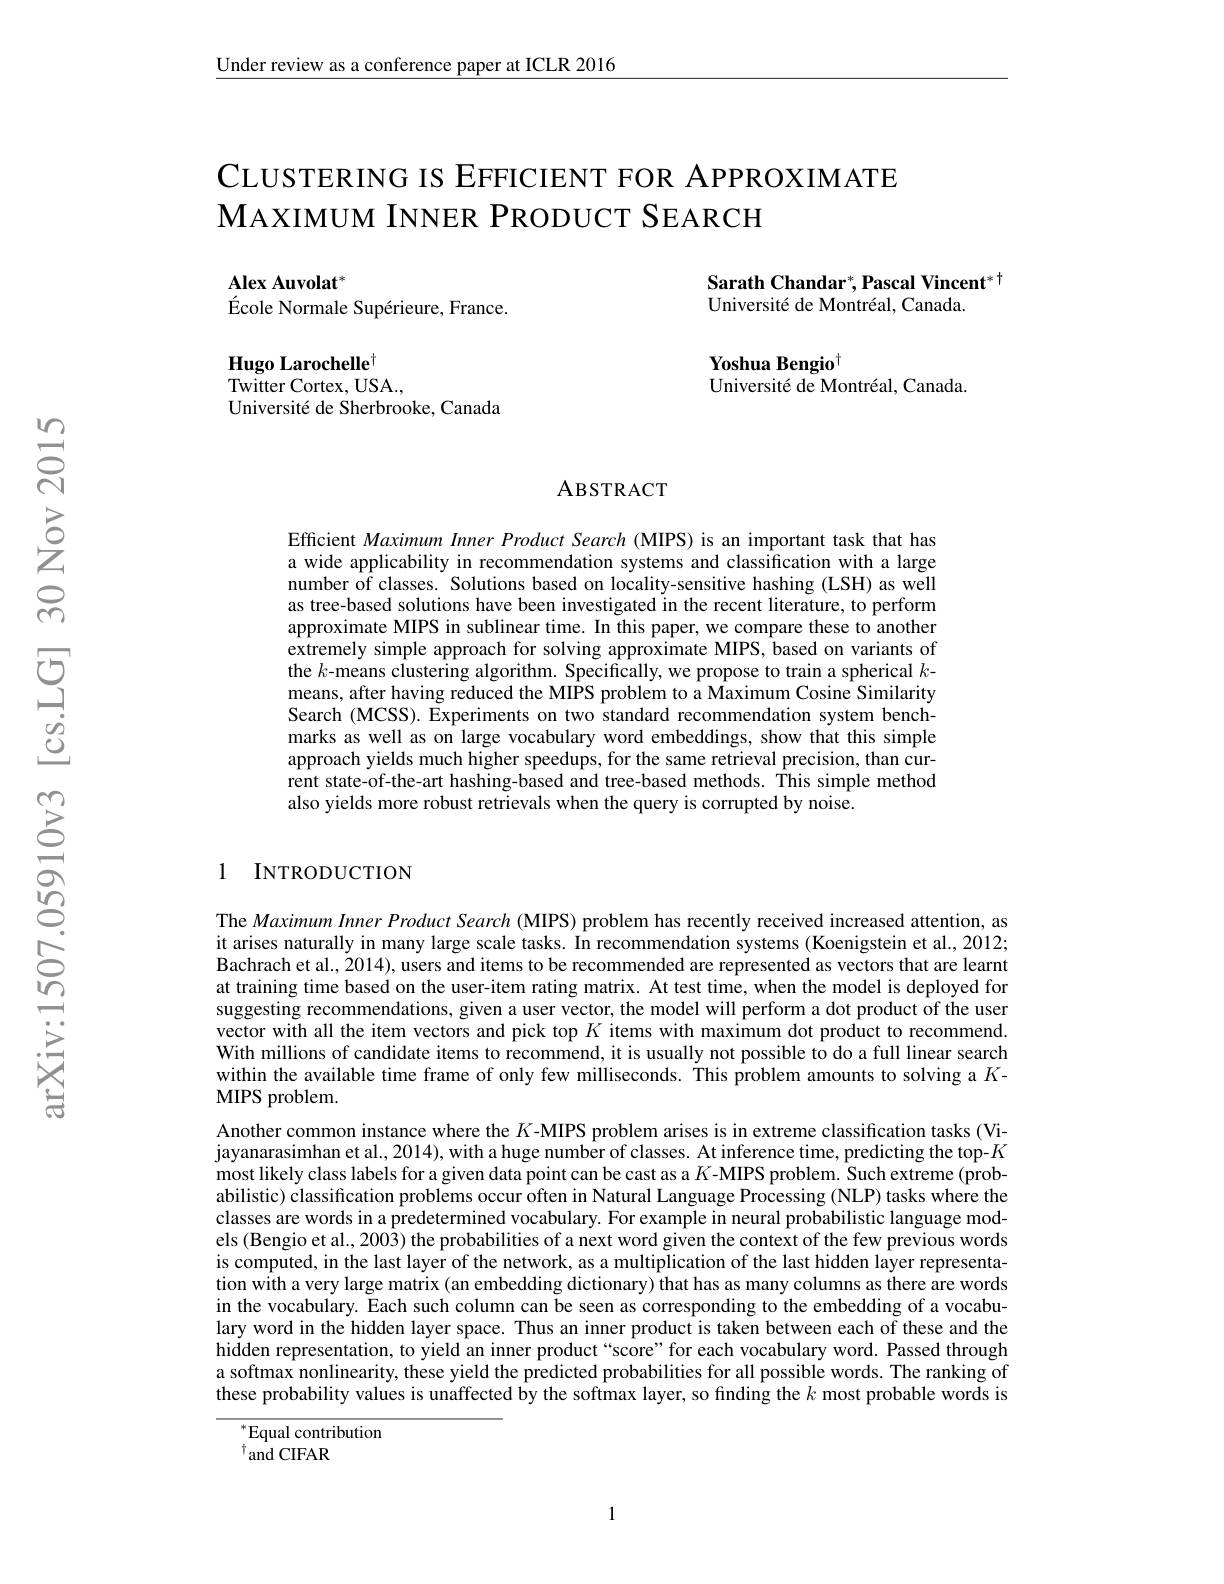
Under review as a conference paper at ICLR 2016

# CLUSTERING IS EFFICIENT FOR APPROXIMATE $\mathbf{M}$АХIМUМ INNER PRODUCT SEARCH

Sarath Chandar, Pascal Vincent$^*$
Université de Montréal, Canada.

$\mathbf{Alex}\textbf{Auvolat}^{* }$
$\' {E}$cole Normale Sup$\' {e}$rieure, France.

Yoshua Bengio$^{\dagger}$
Université de Montréal, Canada.

Hugo Larochelle$^{\dagger}$
Twitter Cortex, USA.,
Université de Sherbrooke, Canada

### ABSTRACT

Efficient Maximum Inner Product Search (MIPS) is an important task that has a wide applicability in recommendation systems and classification with a large number of classes. Solutions based on locality-sensitive hashing (LSH) as well as tree-based solutions have been investigated in the recent literature, to perform approximate MIPS in sublinear time. In this paper, we compare these to another extremely simple approach for solving approximate MIPS, based on variants of the $k$-means clustering algorithm. Specifically, we propose to train a spherical $k$- means, after having reduced the MIPS problem to a Maximum Cosine Similarity Search (MCSS). Experiments on two standard recommendation system benchmarks as well as on large vocabulary word embeddings, show that this simple approach yields much higher speedups, for the same retrieval precision, than current state-of-the-art hashing-based and tree-based methods. This simple method also yields more robust retrievals when the query is corrupted by noise.

## 1 INTRODUCTION

The Maximum Inner Product Search ( MIPS) problem has recently received increased attention, as it arises naturally in many large scale tasks. In recommendation systems (Koenigstein et al., 2012; Bachrach et al., 2014), users and items to be recommended are represented as vectors that are learnt at training time based on the user-item rating matrix. At test time, when the model is deployed for suggesting recommendations, given a user vector, the model will perform a dot product of the user vector with all the item vectors and pick top $K$ items with maximum dot product to recommend. With millions of candidate items to recommend, it is usually not possible to do a full linear search within the available time frame of only few milliseconds. This problem amounts to solving a $K$- MIPS problem.
Another common instance where the $K$ -MIPS problem arises is in extreme classification tasks (Vijayanarasimhan et al., 2014), with a huge number of classes. At inference time, predicting the top-$K$ most likely class labels for a given data point can be cast as a $K$ -MIPS problem. Such extreme (probabilistic) classification problems occur often in Natural Language Processing (NLP) tasks where the classes are words in a predetermined vocabulary. For example in neural probabilistic language models (Bengio et al., 2003) the probabilities of a next word given the context of the few previous words is computed, in the last layer of the network, as a multiplication of the last hidden layer representation with a very large matrix (an embedding dictionary) that has as many columns as there are words in the vocabulary. Each such column can be seen as corresponding to the embedding of a vocabulary word in the hidden layer space. Thus an inner product is taken between each of these and the hidden representation, to yield an inner product“score”for each vocabulary word. Passed through a softmax nonlinearity, these yield the predicted probabilities for all possible words. The ranking of these probability values is unaffected by the softmax layer, so finding the $k$ most probable words is
$^*$Equal contribution

$^{\dagger}$and CIFAR